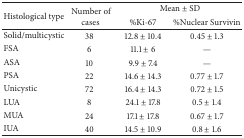
| <ROWSPAN=2> Histological type | <ROWSPAN=2> Number of cases | <COLSPAN=2> Mean ± SD |
 | %Ki-67 | %Nuclear Survivin |
 | --- | --- | --- | --- |
 | Solid/multicystic | 38 | 12.8 ± 10.4 | 0.45 ± 1.3 |
 | FSA | 6 | 11.1 ± 6 | — |
 | ASA | 10 | 9.9 ± 7.4 | — |
 | PSA | 22 | 14.6 ± 14.3 | 0.77 ± 1.7 |
 | Unicystic | 72 | 16.4 ± 14.3 | 0.72 ± 1.5 |
 | LUA | 8 | 24.1 ± 17.8 | 0.5 ± 1.4 |
 | MUA | 24 | 17.1 ± 17.8 | 0.67 ± 1.7 |
 | IUA | 40 | 14.5 ± 10.9 | 0.8 ± 1.6 |